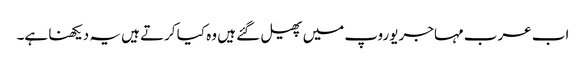
اب عرب مہاجر یوروپ میں پھیل گئے ہیں وہ کیا کرتے ہیں یہ دیکھنا ہے۔